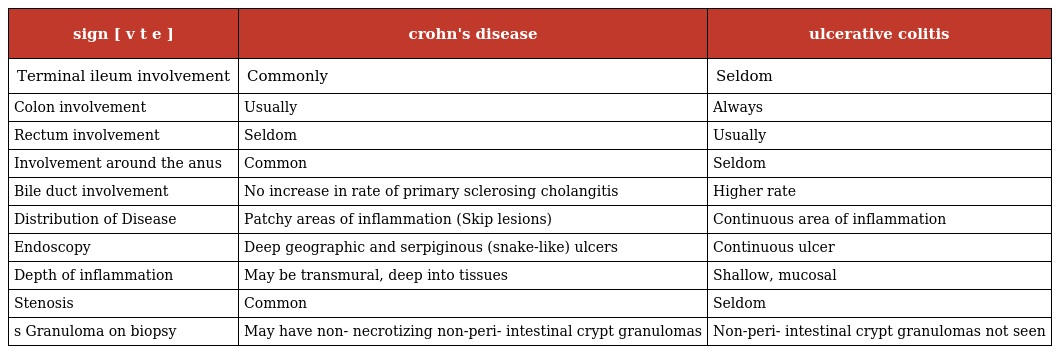
| sign [ v t e ] | crohn's disease | ulcerative colitis |
 | --- | --- | --- |
 | Terminal ileum involvement | Commonly | Seldom |
 | Colon involvement | Usually | Always |
 | Rectum involvement | Seldom | Usually |
 | Involvement around the anus | Common | Seldom |
 | Bile duct involvement | No increase in rate of primary sclerosing cholangitis | Higher rate |
 | Distribution of Disease | Patchy areas of inflammation (Skip lesions) | Continuous area of inflammation |
 | Endoscopy | Deep geographic and serpiginous (snake-like) ulcers | Continuous ulcer |
 | Depth of inflammation | May be transmural, deep into tissues | Shallow, mucosal |
 | Stenosis | Common | Seldom |
 | s Granuloma on biopsy | May have non- necrotizing non-peri- intestinal crypt granulomas | Non-peri- intestinal crypt granulomas not seen |